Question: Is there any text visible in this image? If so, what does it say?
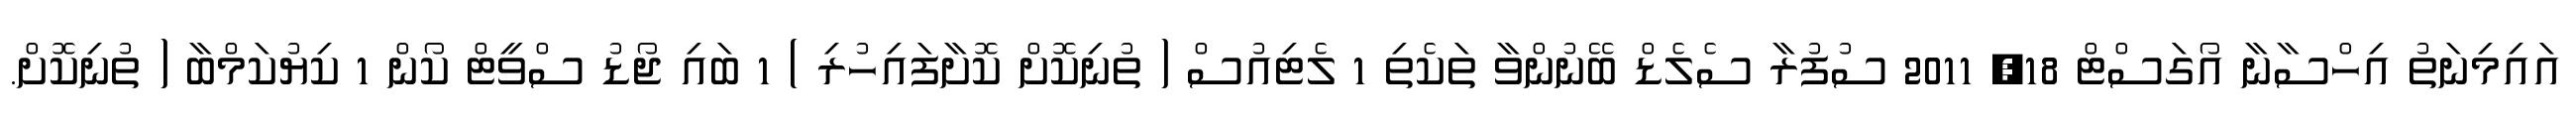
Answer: އައިމިނަތު އިހްސާނާ އޯގަސްޓް 18, 2011 ސުފުރާ ސެލެޑް ބޭނުންވާ ތަކެތި 1 ލެޓިއުސް ( ތުނިކޮށް ކޮށާފައިހުރި ) 1 ބައި ޖޯޑު ސްވީޓް ކޯން 1 ކިޔުކަމްބާ ( ތުނިކޮށް.